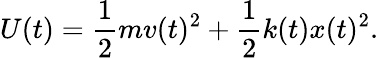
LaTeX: U(t)=\frac{1}{2}mv(t)^{2}+\frac{1}{2}k(t)x(t)^{2}.